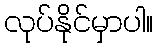
လုပ်နိုင်မှာပါ။